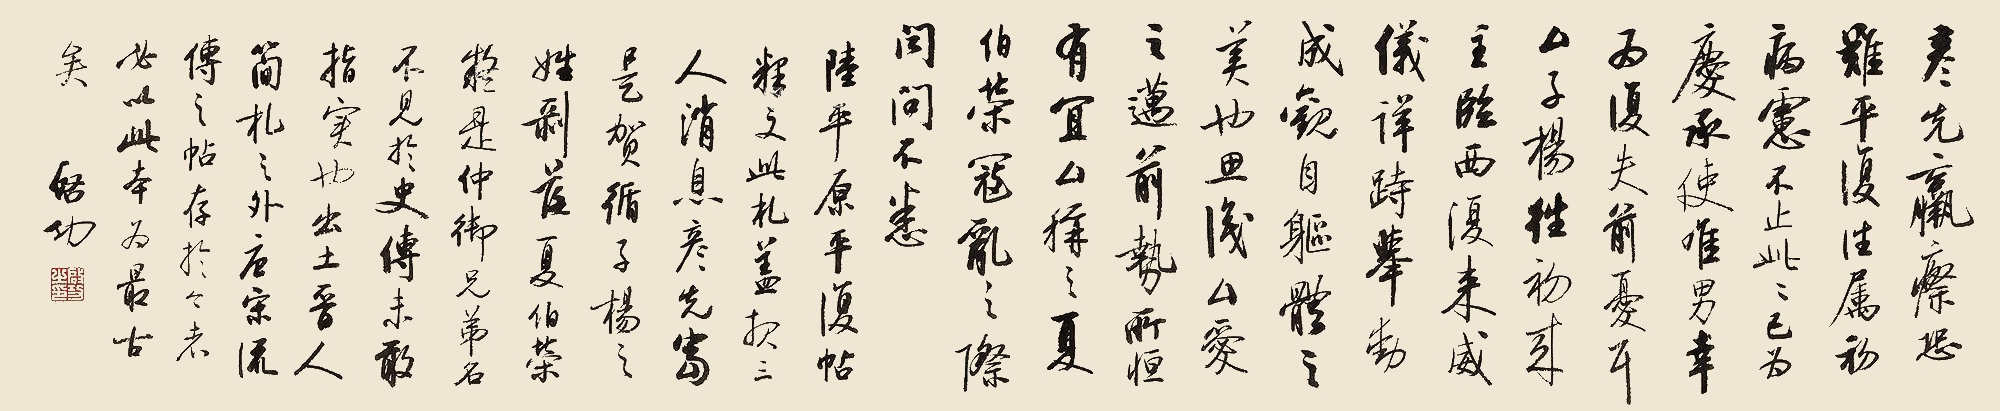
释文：彦先羸瘵，恐难平复，往属初病，虑不止此，此已为庆。承使唯男，幸为复失前忧耳。□子杨往初来主，吾不能尽。临西复来，威仪详跱。举动成观，自躯体之美也。思识□爱之迈前，势所恒有，宜□称之。夏伯荣寇乱之际，闻问不悉。陆平原《平复帖》。释文此札盖报三人消息，彦先当是贺循，子杨之姓剥落，夏伯荣疑是仲御。兄弟名不见于史传，未敢指实也。出土晋人简札之外，唐宋流传之贴存于今者，必以此本为最古矣。启功。